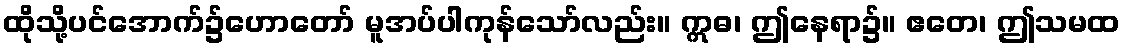
ထိုသို့ပင်အောက်၌ဟောတော် မူအပ်ပါကုန်သော်လည်း။ ဣဓ၊ ဤနေရာ၌။ ဧတေ၊ ဤသမထ